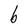
Character: b